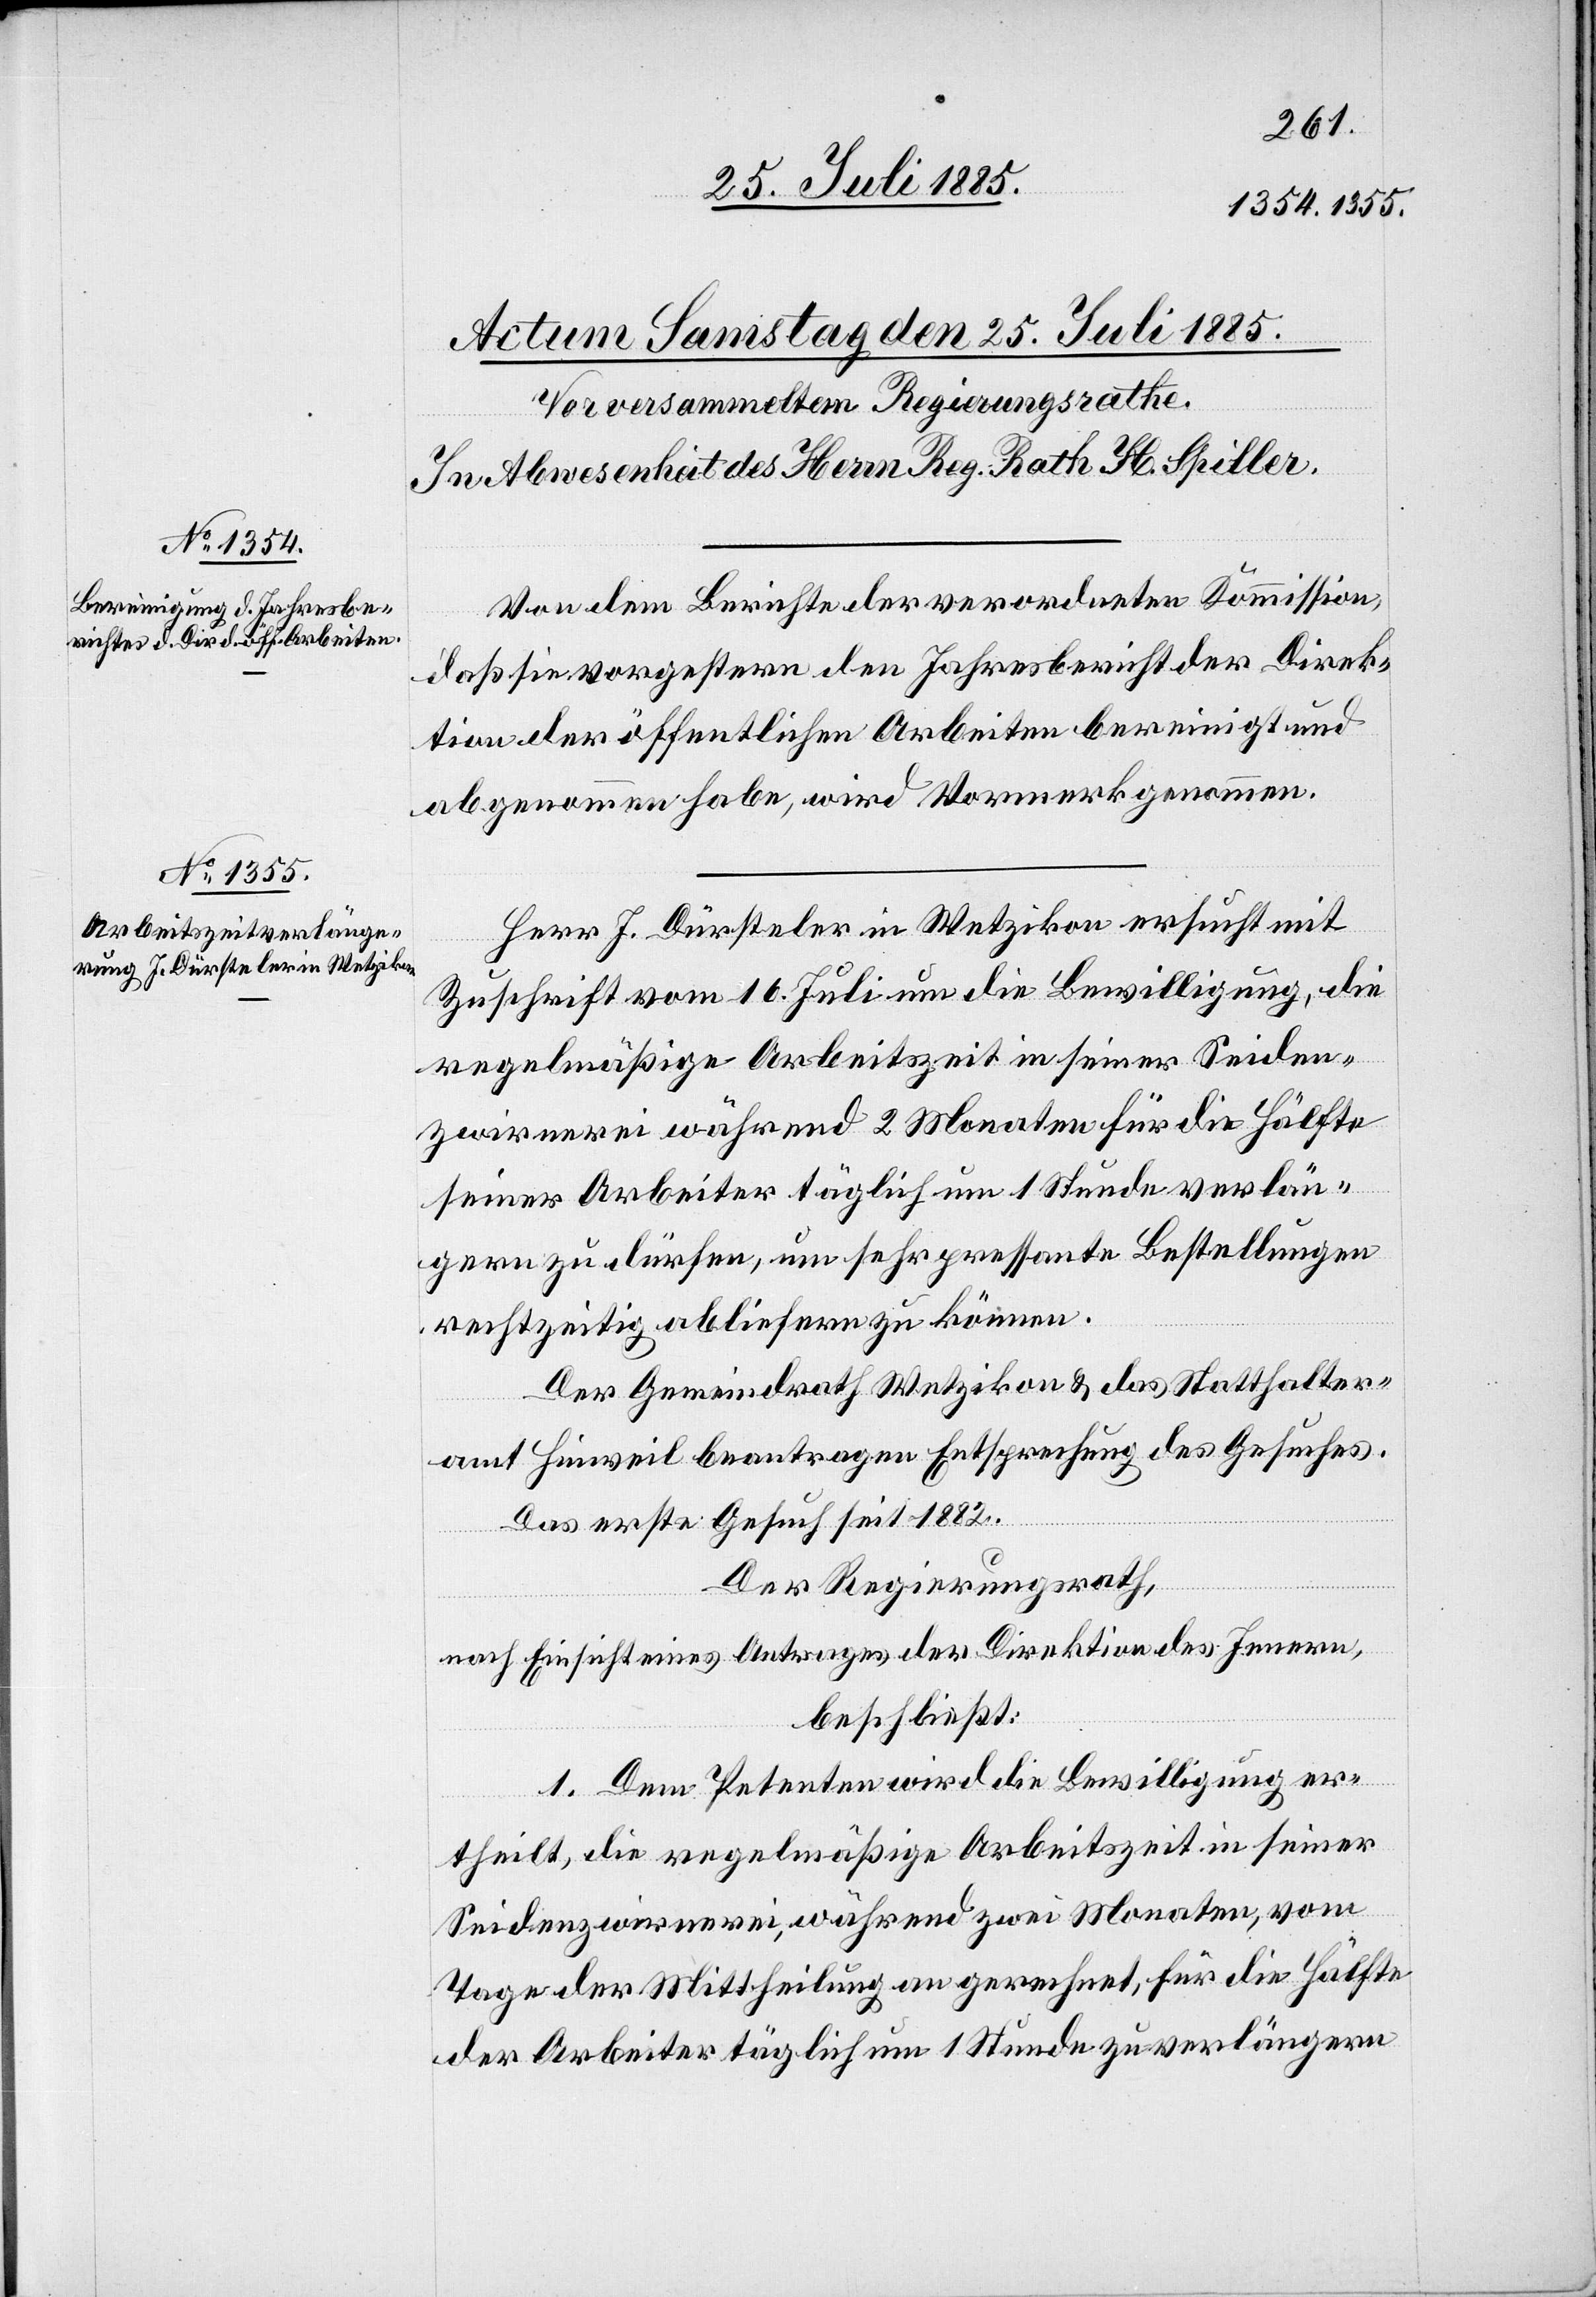
Von dem Berichte der verordneten Kommission,
daß sie vorgestern den Jahresbericht der Direk¬
tion der öffentlichen Arbeiten bereinigt und
abgenommen habe, wird Vormerk genommen.
Herr J. Dürsteler in Wetzikon ersucht mit
Zuschrift vom 16. Juli um die Bewilligung, die
regelmäßige Arbeitszeit in seiner Seiden¬
zwirnerei während 2 Monaten für die Hälfte
seiner Arbeiter täglich um 1 Stunde verlän¬
gern zu dürfen, um sehr pressante Bestellungen
rechtzeitig abliefern zu können.
Der Gemeindrath Wetzikon & das Statthalter¬
amt Hinweil beantragen Entsprechung des Gesuches.
Das erste Gesuch seit 1882.
Der Regierungsrath,
nach Einsicht eines Antrages der Direktion des Innern,
beschließt:
1. Dem Petenten wird die Bewilligung er¬
theilt, die regelmäßige Arbeitszeit in seiner
Seidenzwirnerei, während zwei Monaten, vom
Tage der Mittheilung an gerechnet, für die Hälfte
der Arbeiter täglich um 1 Stunde zu verlängern